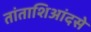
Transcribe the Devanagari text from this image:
तांताशिआंदसे